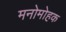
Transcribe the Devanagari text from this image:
मनोमोहक